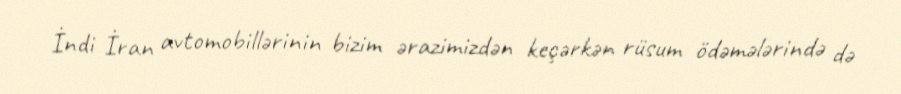
İndi İran avtomobillərinin bizim ərazimizdən keçərkən rüsum ödəmələrində də